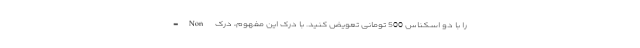
را با دو اسکناس 500 تومانی تعویض کنید. با درک این مفهوم، درک Non-